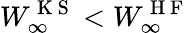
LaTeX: W_{\infty}^{\mathrm{~K~S~}}<W_{\infty}^{\mathrm{~H~F~}}